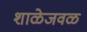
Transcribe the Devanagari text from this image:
शाळेजवळ